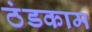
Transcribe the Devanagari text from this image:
ठंडकाम